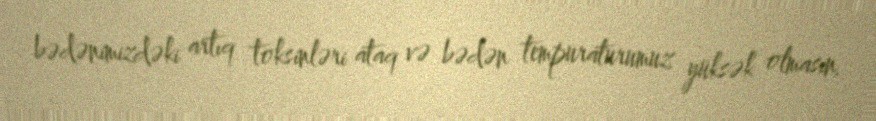
bədənimizdəki artıq toksinləri ataq və bədən tempuraturumuz yüksək olmasın.